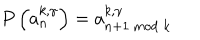
P \left( a _ { n } ^ { k , \gamma } \right) = a _ { n + 1 ~ \mathrm { m o d } ~ k } ^ { k , \gamma }